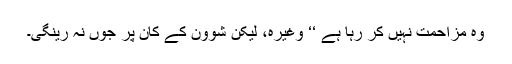
وہ مزاحمت نہیں کر رہا ہے ‘‘ وغیرہ، لیکن شوون کے کان پر جوں نہ رینگی۔